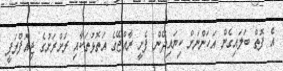
އެ ފޮތް ބަލައިގެން އަހަންނަށް ކިޔައިދޭން ފެށީ ރާއްޖޭގެ އަތޮޅުތަކާއި ރަށްރަށުގެ ޖިއޮފްރަފީ